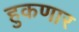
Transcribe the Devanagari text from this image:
हुकणार